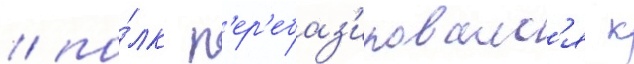
/ по́лк п'ер'ебаз'ировалс'я к